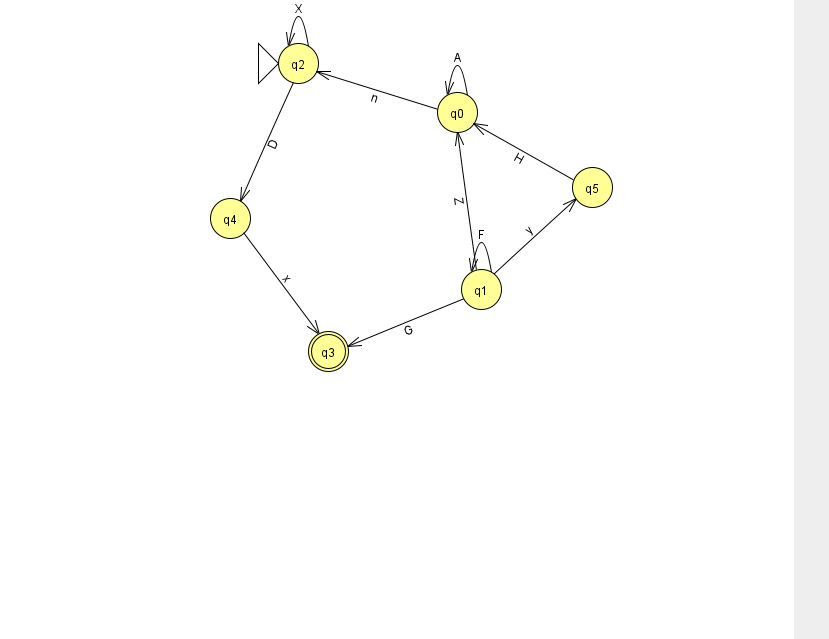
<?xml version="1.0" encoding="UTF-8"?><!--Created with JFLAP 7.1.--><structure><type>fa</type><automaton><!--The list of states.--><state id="0" name="q0"><x>457.0</x><y>99.0</y></state><state id="1" name="q1"><x>481.0</x><y>276.0</y></state><state id="2" name="q2"><x>298.0</x><y>50.0</y><initial/></state><state id="3" name="q3"><x>328.0</x><y>338.0</y><final/></state><state id="4" name="q4"><x>230.0</x><y>205.0</y></state><state id="5" name="q5"><x>592.0</x><y>174.0</y></state><!--The list of transitions.--><transition><from>0</from><to>0</to><read>A</read></transition><transition><from>0</from><to>2</to><read>n</read></transition><transition><from>5</from><to>0</to><read>H</read></transition><transition><from>1</from><to>1</to><read>F</read></transition><transition><from>1</from><to>5</to><read>y</read></transition><transition><from>4</from><to>3</to><read>x</read></transition><transition><from>2</from><to>2</to><read>X</read></transition><transition><from>1</from><to>0</to><read>Z</read></transition><transition><from>2</from><to>4</to><read>D</read></transition><transition><from>1</from><to>3</to><read>G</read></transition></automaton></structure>